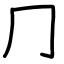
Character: ⺆